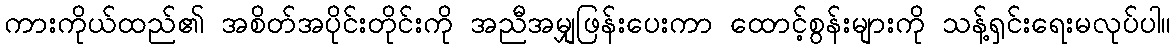
ကားကိုယ်ထည်၏ အစိတ်အပိုင်းတိုင်းကို အညီအမျှဖြန်းပေးကာ ထောင့်စွန်းများကို သန့်ရှင်းရေးမလုပ်ပါ။